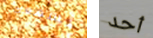
نسمعك أحد